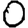
Digit: 0